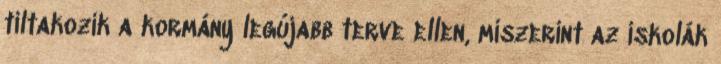
tiltakozik a kormány legújabb terve ellen, miszerint az iskolák